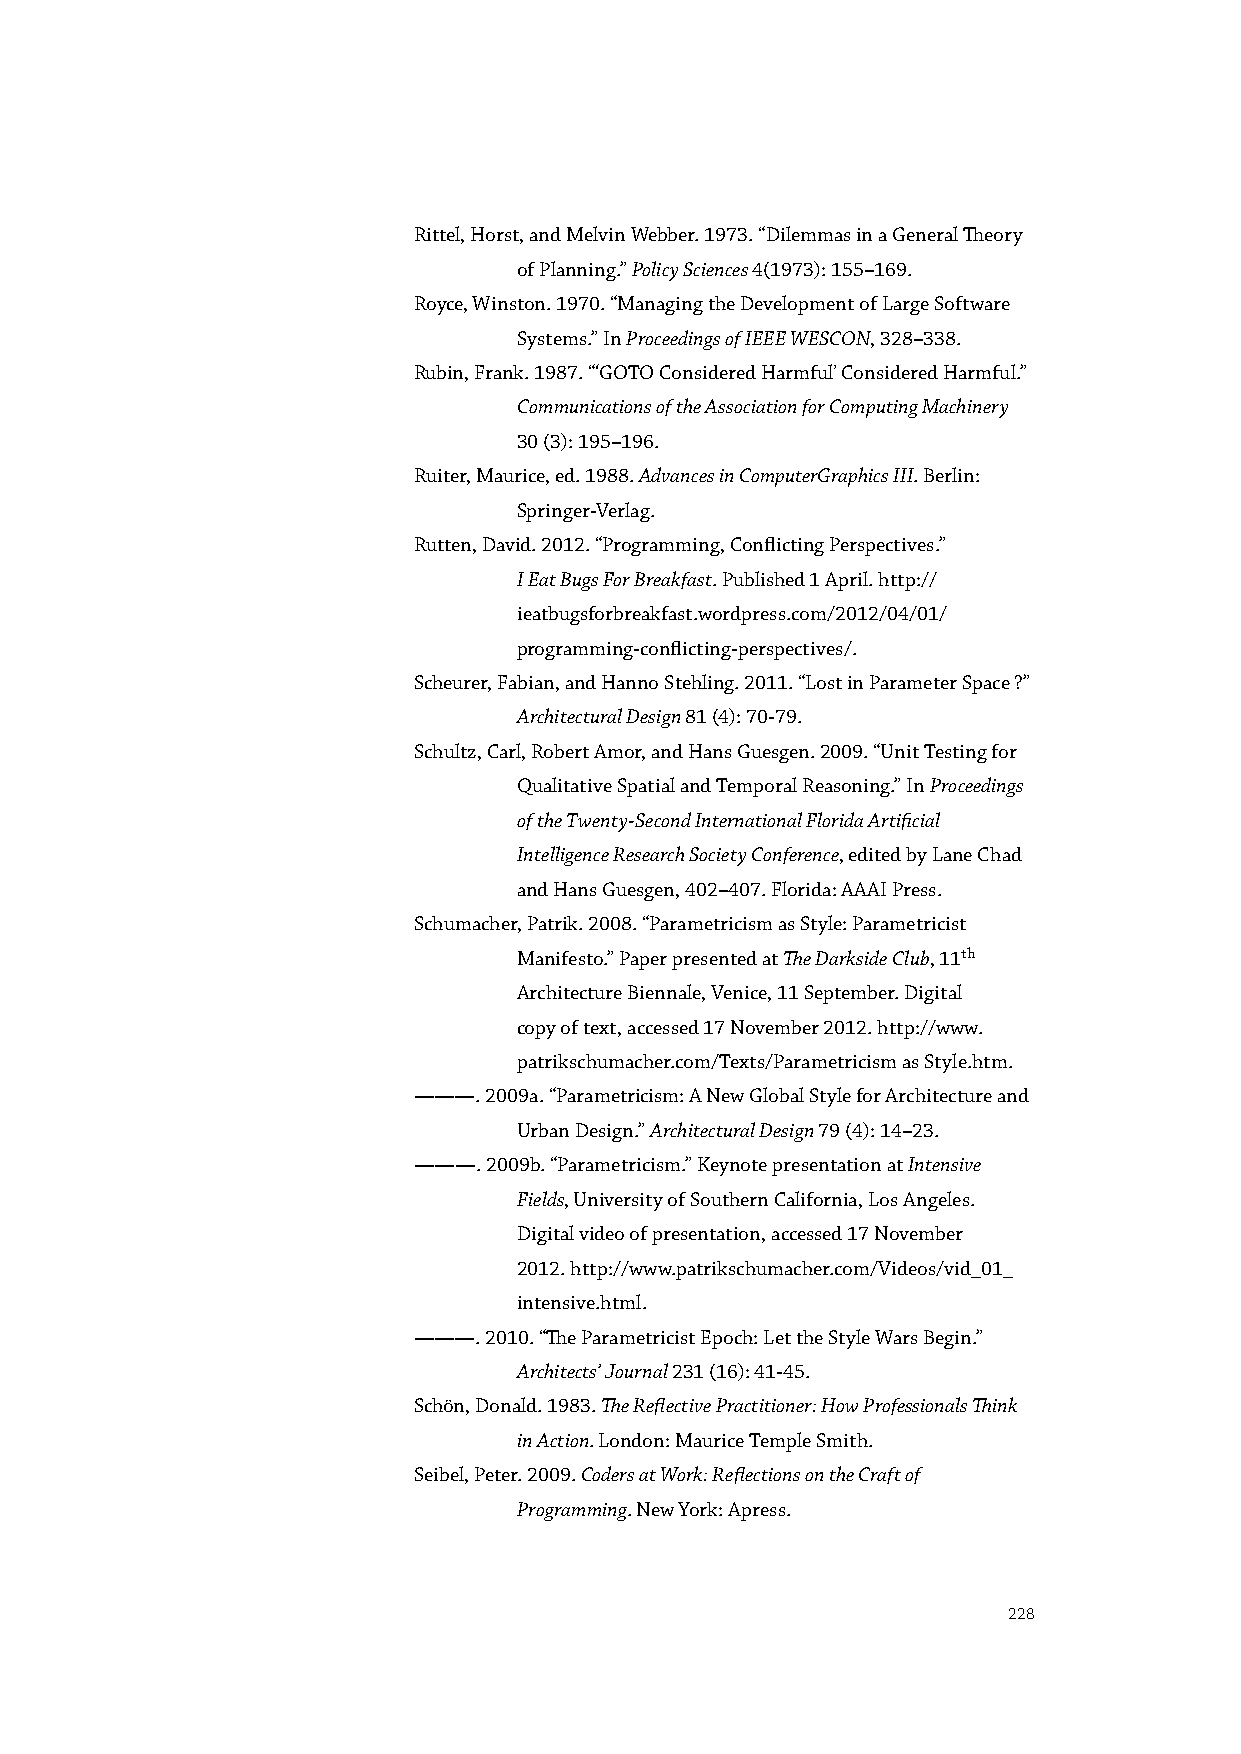
Rittel, Horst, and Melvin Webber. 1973. “Dilemmas in a General Theory
 of Planning.” Policy Sciences 4(1973): 155–169.
 Royce, Winston. 1970. “Managing the Development of Large Software
 Systems.” In Proceedings of IEEE WESCON, 328–338.
 Rubin, Frank. 1987. “‘GOTO Considered Harmful’ Considered Harmful.”
 Communications of the Association for Computing Machinery
 30 (3): 195–196.
 Ruiter, Maurice, ed. 1988. Advances in ComputerGraphics III. Berlin:
 Springer-Verlag.
 Rutten, David. 2012. “Programming, Conflicting Perspectives.”
 I Eat Bugs For Breakfast. Published 1 April. http://
 ieatbugsforbreakfast.wordpress.com/2012/04/01/
 programming-conflicting-perspectives/.
 Scheurer, Fabian, and Hanno Stehling. 2011. “Lost in Parameter Space ?”
 Architectural Design 81 (4): 70-79.
 Schultz, Carl, Robert Amor, and Hans Guesgen. 2009. “Unit Testing for
 Qualitative Spatial and Temporal Reasoning.” In Proceedings
 of the Twenty-Second International Florida Artificial
 Intelligence Research Society Conference, edited by Lane Chad
 and Hans Guesgen, 402–407. Florida: AAAI Press.
 Schumacher, Patrik. 2008. “Parametricism as Style: Parametricist
 Manifesto.” Paper presented at The Darkside Club, 11th
 Architecture Biennale, Venice, 11 September. Digital
 copy of text, accessed 17 November 2012. http://www.
 patrikschumacher.com/Texts/Parametricism as Style.htm.
 ———. 2009a. “Parametricism: A New Global Style for Architecture and
 Urban Design.” Architectural Design 79 (4): 14–23.
 ———. 2009b. “Parametricism.” Keynote presentation at Intensive
 Fields, University of Southern California, Los Angeles.
 Digital video of presentation, accessed 17 November
 2012. http://www.patrikschumacher.com/Videos/vid_01_
 intensive.html.
 ———. 2010. “The Parametricist Epoch: Let the Style Wars Begin.”
 Architects’ Journal 231 (16): 41-45.
 Schön, Donald. 1983. The Reflective Practitioner: How Professionals Think
 in Action. London: Maurice Temple Smith.
 Seibel, Peter. 2009. Coders at Work: Reflections on the Craft of
 Programming. New York: Apress.
 228